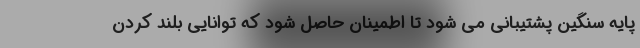
پایه سنگین پشتیبانی می شود تا اطمینان حاصل شود که توانایی بلند کردن